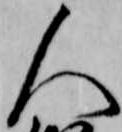
人